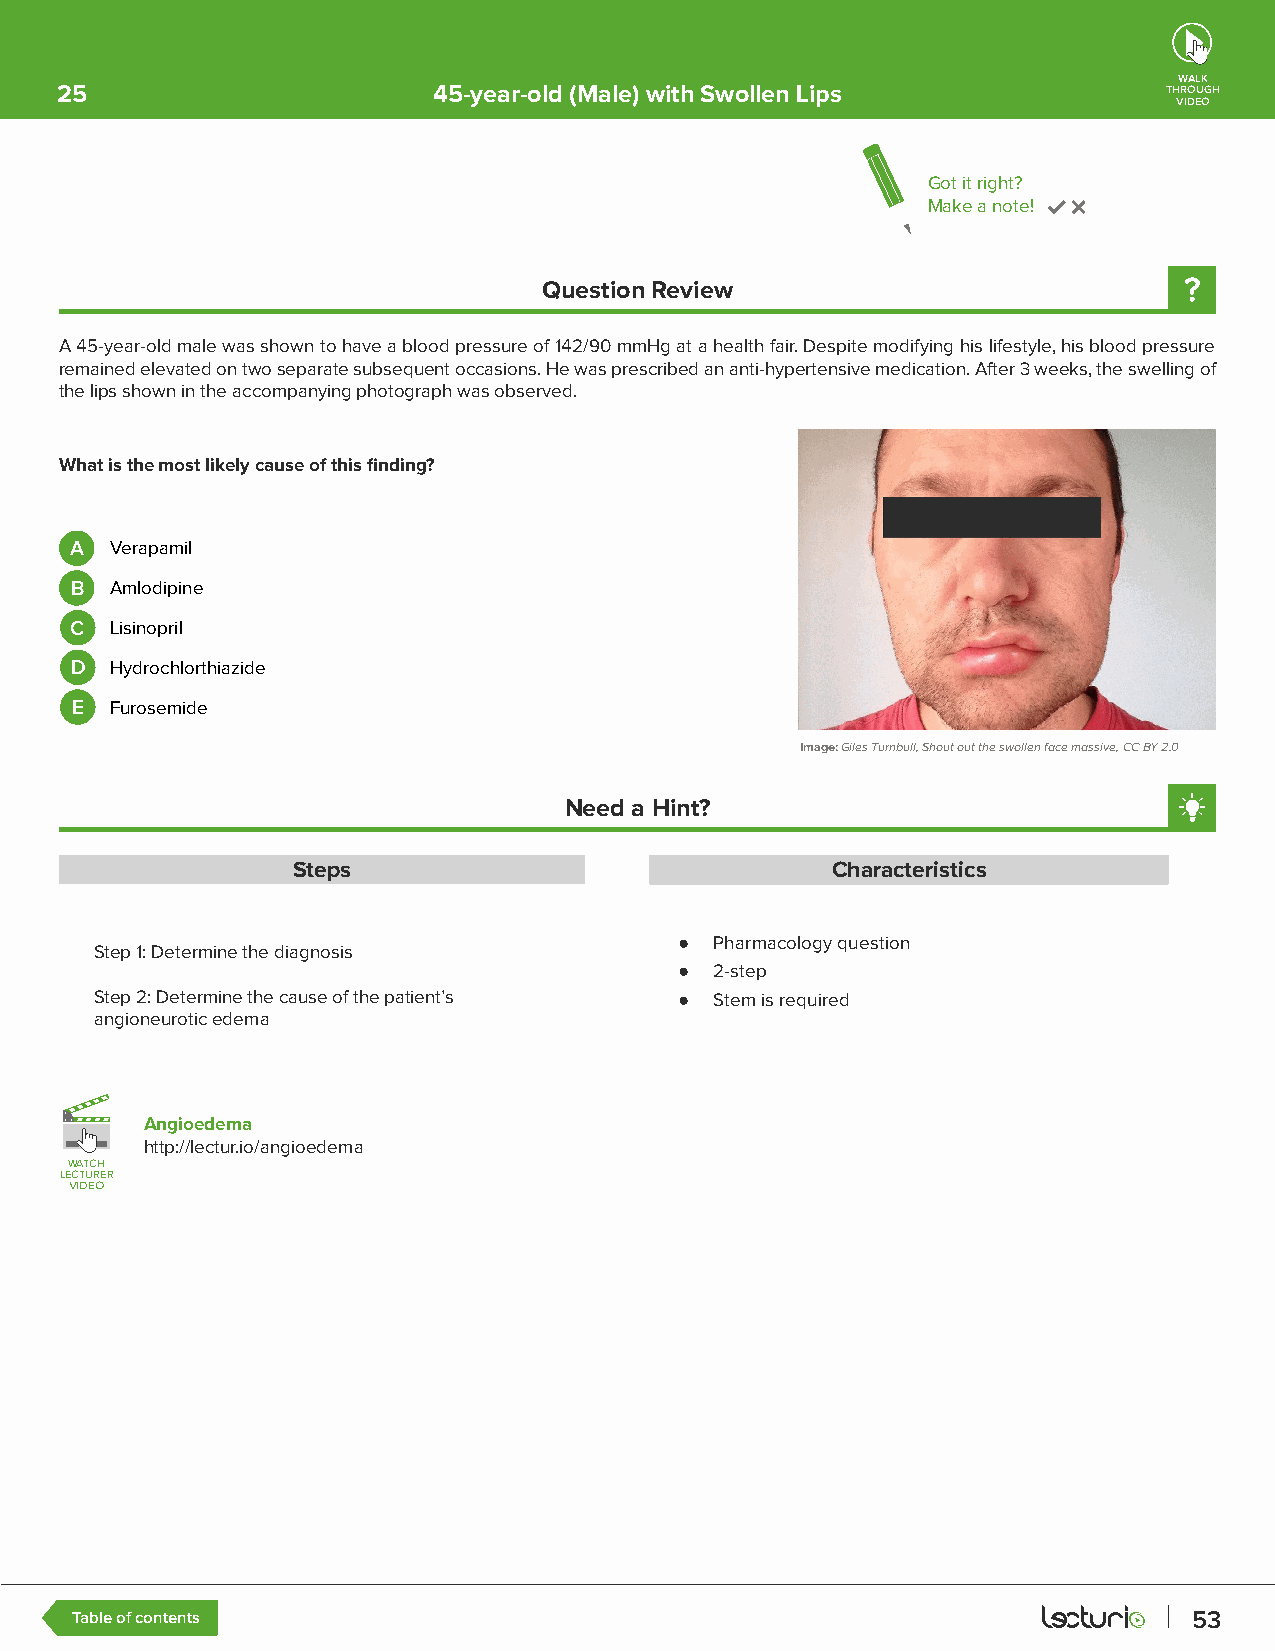
WALK
 25                       45-year-old (Male) with Swollen Lips            THROUGH
 VIDEO
 Got it right?
 Make a note!
 Question Review
 A 45-year-old male was shown to have a blood pressure of 142/90 mmHg at a health fair. Despite modifying his lifestyle, his blood pressure
 remained elevated on two separate subsequent occasions. He was prescribed an anti-hypertensive medication. After 3 weeks, the swelling of
 the lips shown in the accompanying photograph was observed.
 What is the most likely cause of this finding?
 A Verapamil
 B Amlodipine
 C Lisinopril
 D Hydrochlorthiazide
 E Furosemide
 Image: Giles Turnbull, Shout out the swollen face massive, CC BY 2.0
 Need a Hint?
 Steps                               Characteristics
 ● Pharmacology question
 Step 1: Determine the diagnosis
 ● 2-step
 Step 2: Determine the cause of the patient’s ● Stem is required
 angioneurotic edema
 Angioedema
 http://lectur.io/angioedema
 WWAATTCCHH
 LLEECCTTUURREERR
 VVIIDDEEOO
 Table of contents                                                         53